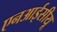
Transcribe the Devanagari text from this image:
एनआईसीयू